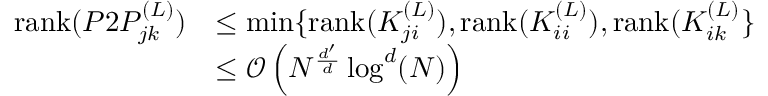
\begin{array} { r l } { \mathrm { r a n k } ( P 2 P _ { j k } ^ { ( L ) } ) } & { \leq \operatorname* { m i n } \{ \mathrm { r a n k } ( K _ { j i } ^ { ( L ) } ) , \mathrm { r a n k } ( K _ { i i } ^ { ( L ) } ) , \mathrm { r a n k } ( K _ { i k } ^ { ( L ) } \} } \\ & { \leq \mathcal { O } \left( N ^ { \frac { d ^ { \prime } } { d } } \log ^ { d } ( N ) \right) } \end{array}